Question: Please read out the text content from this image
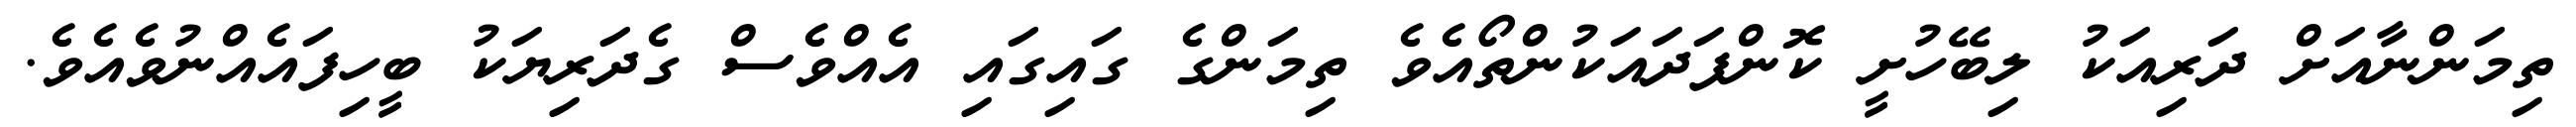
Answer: ތިމަންނާއަށް ދަރިއަކު ލިބޭހުށީ ކޮންފަދައަކުންތޯއެވެ ތިމަންގެ ގައިގައި އެއްވެސް ގެދަރިޔަކު ބީހިފައެއްނުވެއެވެ.